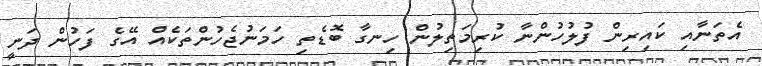
އެތަނާއި ކައިރިން ފުލުހުންނާ ކުރިމަތިލުން ހިނގާ ބޮޑެތި ހަަމަނުޖެހުންތަކެއް އޭގެ ފަހުން ދަނީ